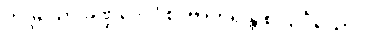
ဘဒ္ဒိယော ခဏ္ဍဒေပါ စ၊ ဗာဟုရန္တိ စ သင်္ဂိယော။